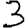
Digit: 3